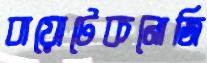
বায়োটেকনোজি